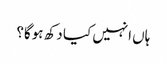
ہاں انہیں کیا دکھ ہوگا؟